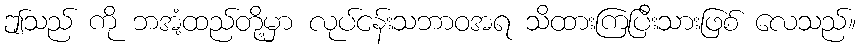
ဤသည် ကို ဘအံ့ထည်တို့မှာ လုပ်ငန်းသဘာဝအရ သိထားကြပြီးသားဖြစ် လေသည်။